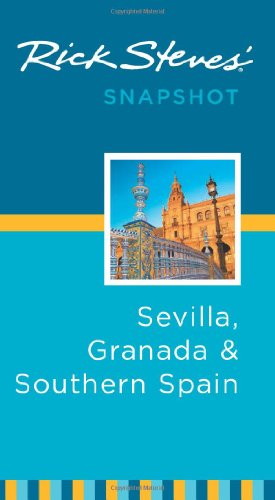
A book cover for Rick Steves' Snapshot Sevilla, Granada & Southern Spain; Rick Steves; Travel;